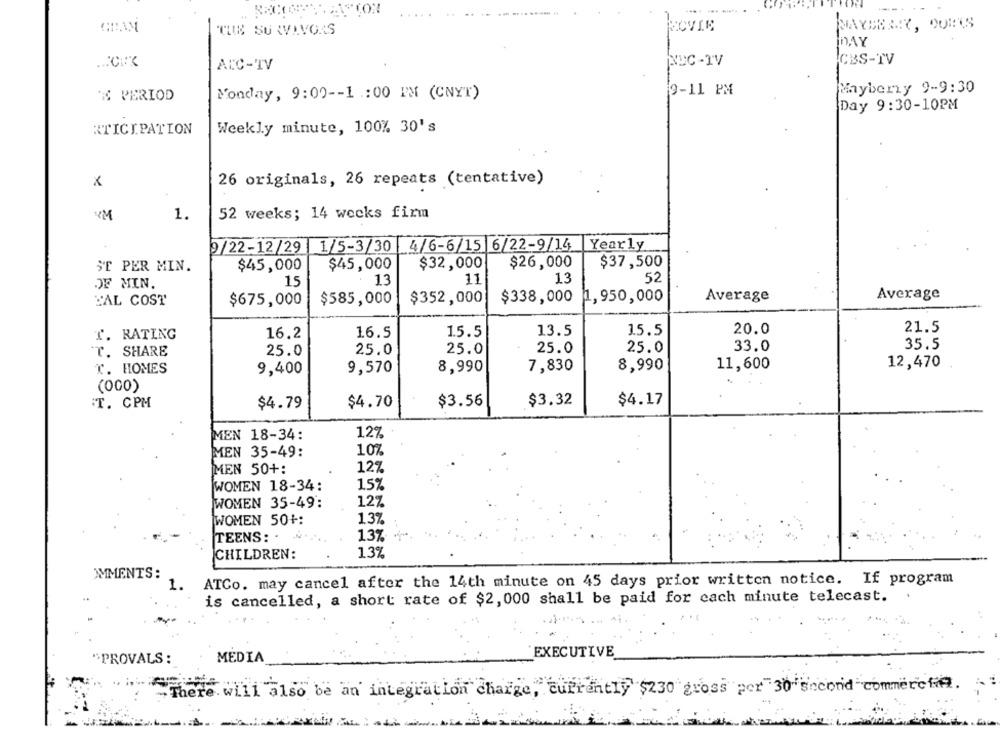
THE SURVIVORS
ECVIE
MAYBERY, DOES
DAY
NEC -TV
CBS-TV
ALC-TV
Maybery 9-9:30
& PERIOD
Monday, 9:00 -- 1 : 00 PM (CNYT)
9-11 PM
Day 9:30-10PM
RTICIPATION
Weekly minute, 100% 30's
26 originals, 26 repeats (tentative)
x
1.
52 weeks; 14 wecks firm
1/5-3/30 4/6-6/15 6/22-9/14
Yearly
9/22-12/29
SE PER MIN.
$45,000
$45,000
$32,000
$26,000
$37,500
OF MIN.
15
13
11
13
52
$585,000
$352,000
$338,000
1,950,000
Average
Average
HAL COST
$675,000
20.0
21.5
T. RATING
16.2
16.5
1.5.5
13.5
15.5
35.5
25.0
25.0
25.0
25.0
25.0
33.0
T. SHARE
8,990
7,830
8,990
11,600
12,470
T. HOMES
9,400
9,570
(000)
T. CPM
$4.79
$4.70
$3.56
$3.32
$4.17
MEN 18-34:
12%
10%
MEN 35-49:
MEN 50+:
12%
WOMEN 18-34:
15%
127
WOMEN 35-49:
WOMEN 50+:
13%
TEENS: .
13%
CHILDREN:
13%
MMENTS:
1.
ATCo. may cancel after the 14th minute on 45 days prior written notice. If program
is cancelled, a short rate of $2, 000 shall be paid for each minute telecast.
"PROVALS :
MEDIA
EXECUTIVE
There will also be an integration charge, currently $230 gross per 30 second commercie.